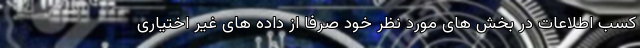
کسب اطلاعات در بخش های مورد نظر خود صرفا از داده های غیر اختیاری